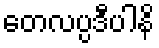
တေလပ္ပဒီပါနိ